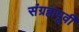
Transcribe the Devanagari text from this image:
संग्रहापूर्वी